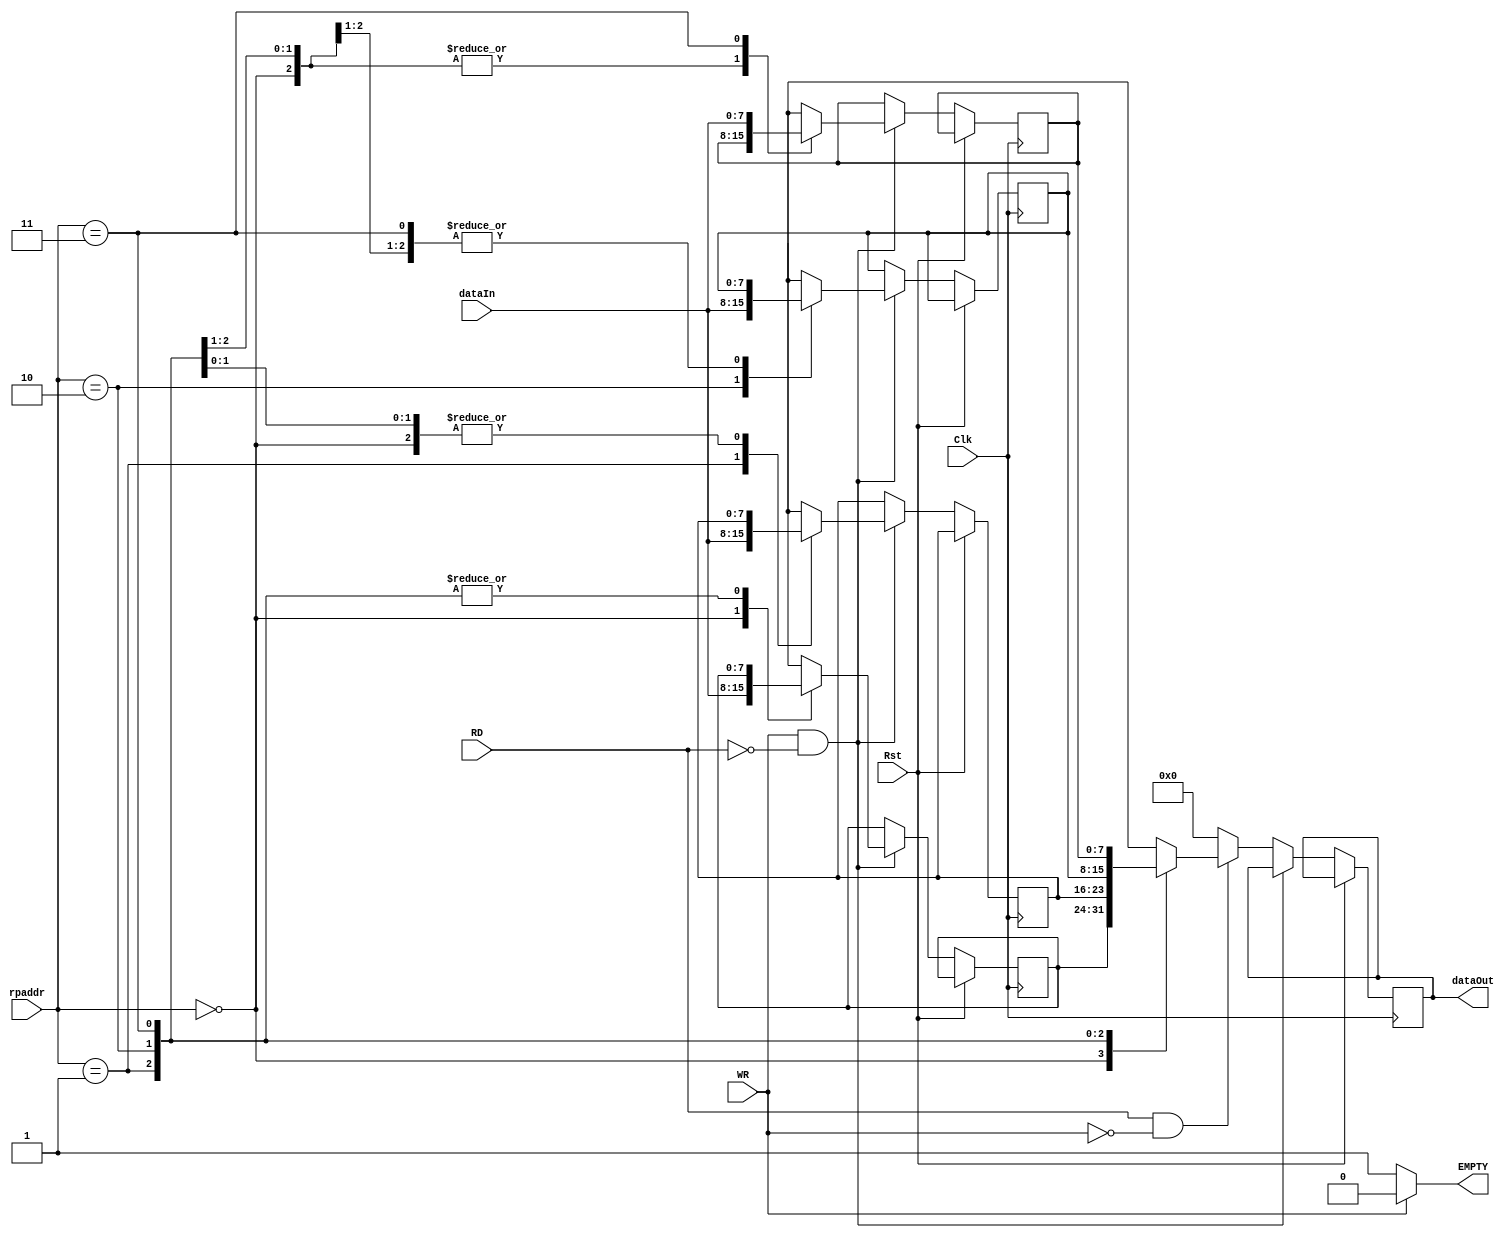
`timescale 1ns / 1ps
//////////////////////////////////////////////////////////////////////////////////
// Company:
// Engineer:
//
// Design Name:
// Module Name:    buffer_r
// Project Name:
// Target Devices:
// Tool versions:
// Description:
//
// Dependencies:
//
// Revision:
// Revision 0.01 - File Created
// Additional Comments:
//
//////////////////////////////////////////////////////////////////////////////////
`timescale 1ns / 1ps
`define BITWIDTH 8

module buffer_r
    (Clk, dataIn, RD, WR, rpaddr, dataOut, Rst, EMPTY);

    input Clk, RD, WR, Rst;
    input [1 : 0] rpaddr;
    output EMPTY;

    input [`BITWIDTH - 1 : 0] dataIn;
    output reg [`BITWIDTH - 1 : 0] dataOut;

    assign EMPTY = (!WR) ? 1'b1 : 1'b0; // buffer empty status

    reg [`BITWIDTH - 1 : 0] mem[3 : 0];

    always @(posedge Clk)
    begin
        if (!Rst)
        begin
            if (WR && !RD)
                mem[rpaddr] = dataIn; // write to buffer
            else if (RD && !WR)
                dataOut = mem[rpaddr]; // Read from buffer
            else
                dataOut = 8'b0;
        end
    end
endmodule